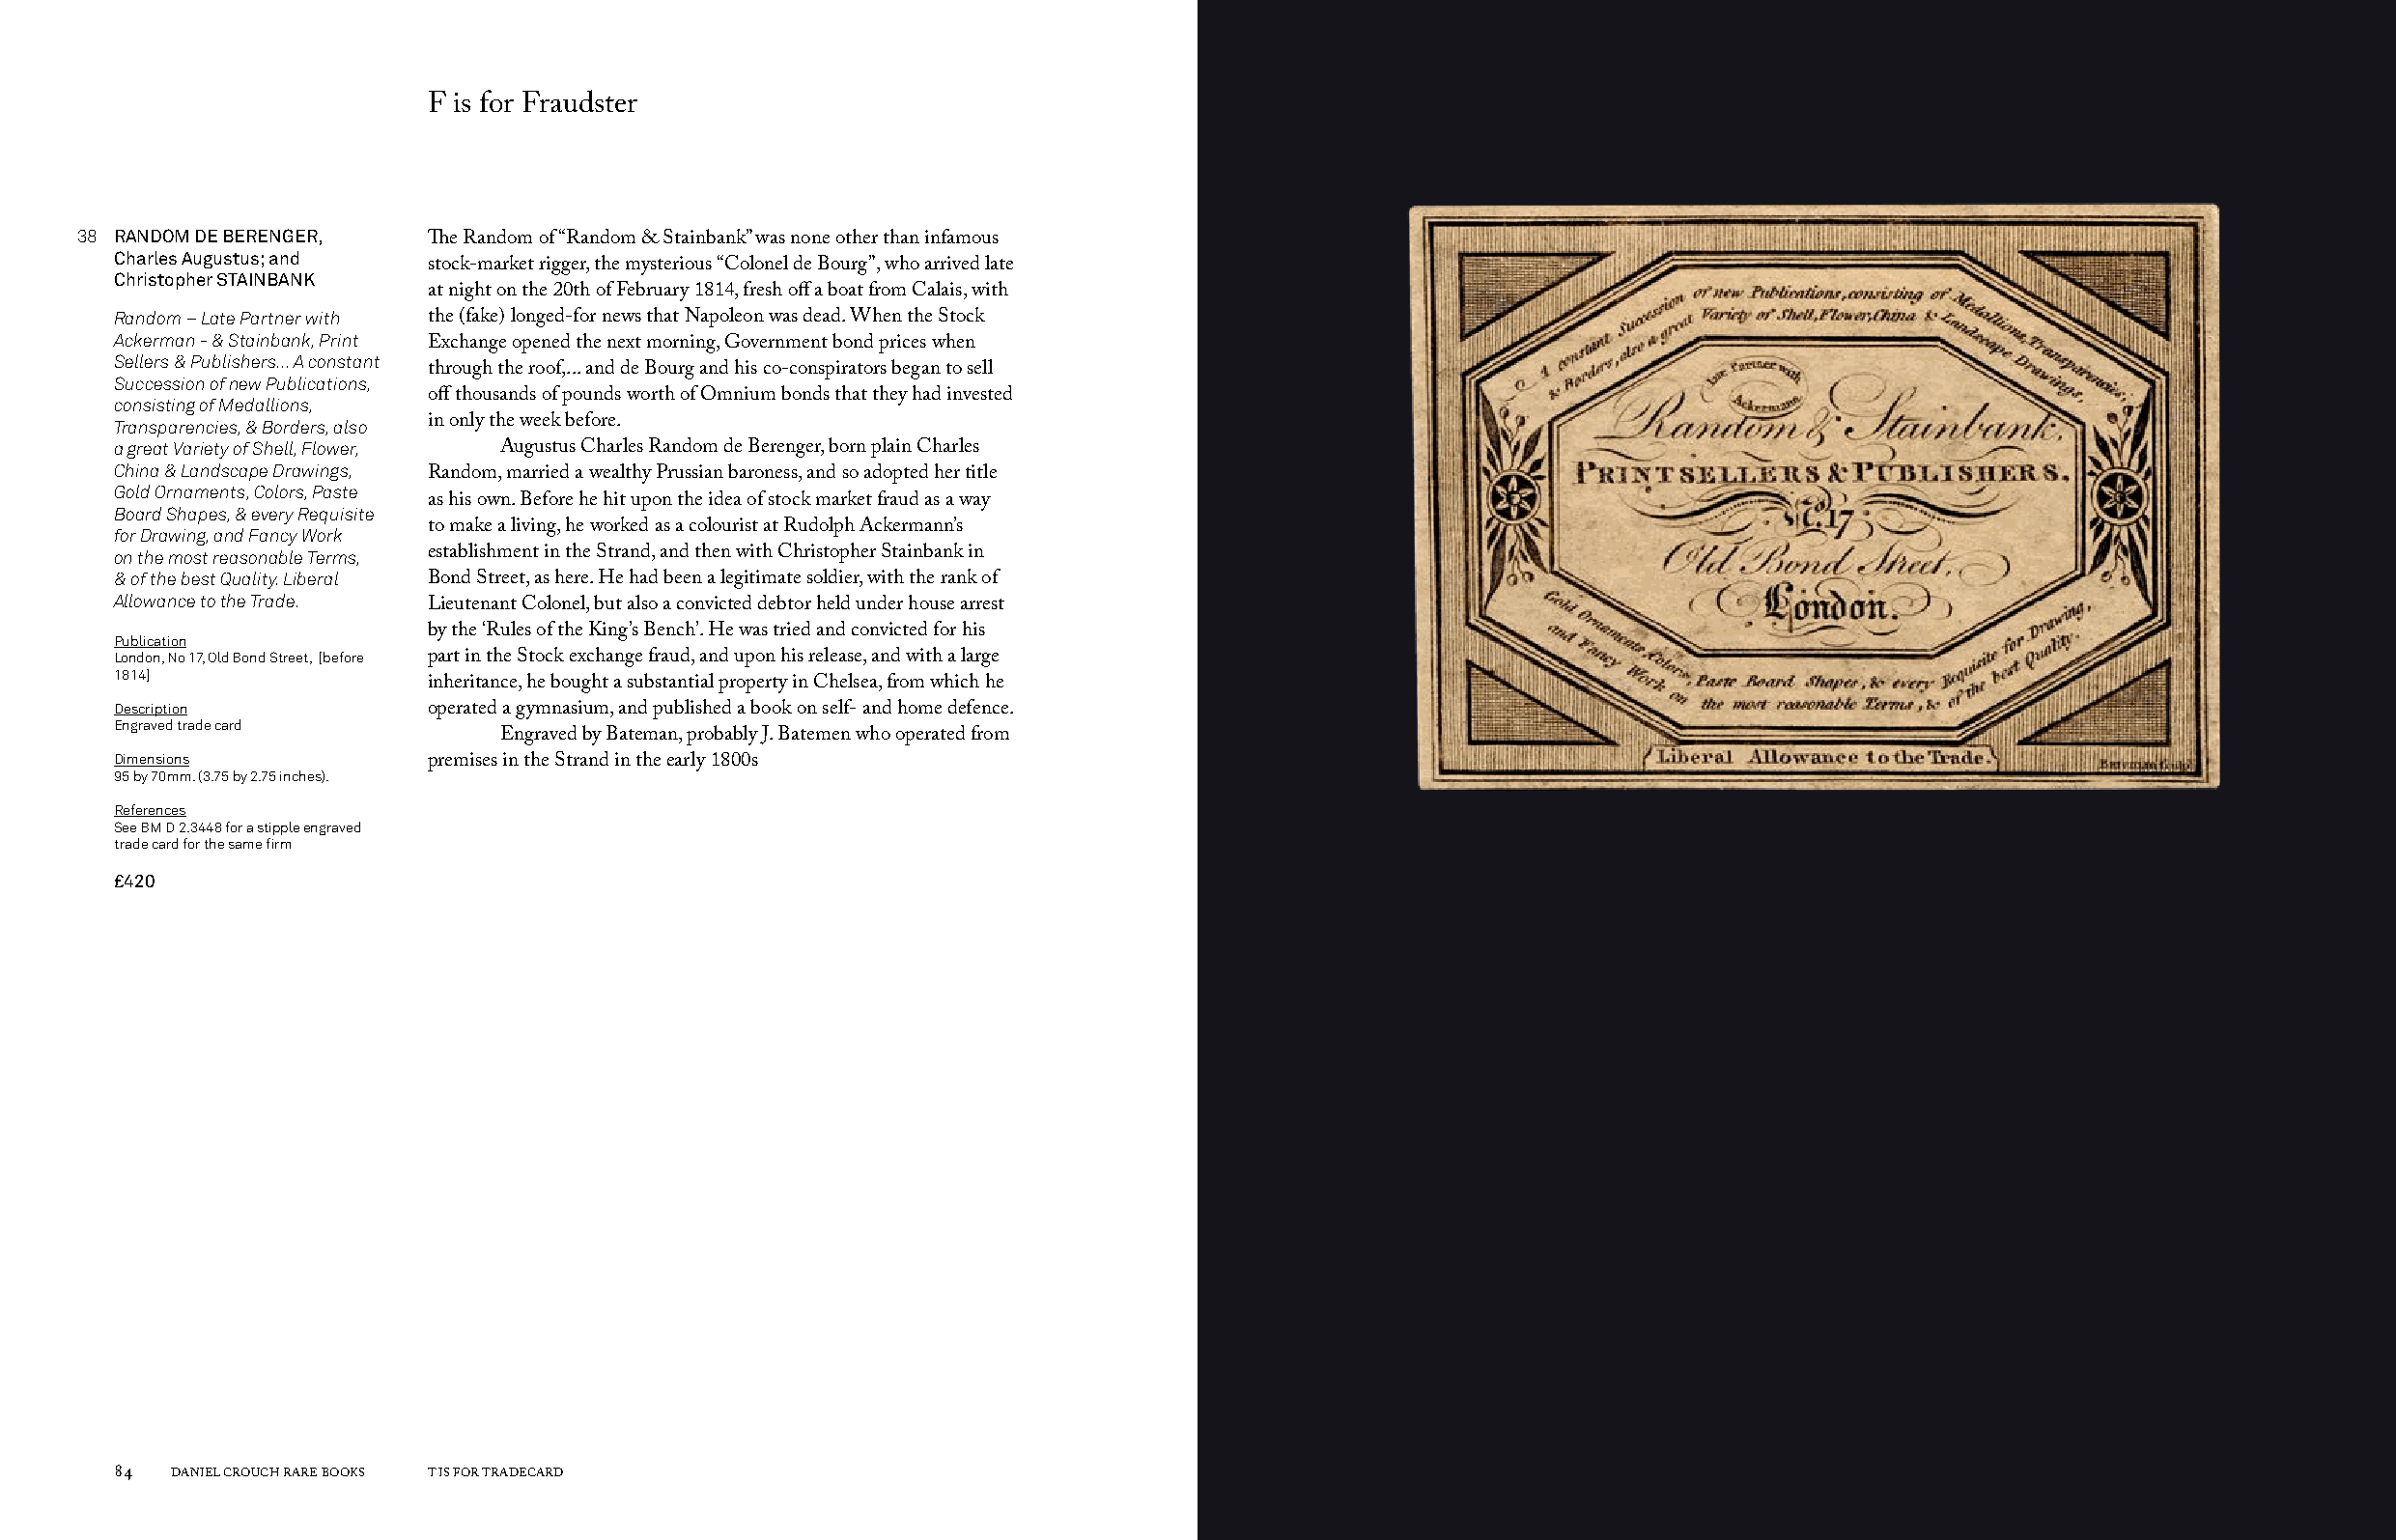
F is for Fraudster
 38 RANDOM DE BERENGER,
 The Random of “Random & Stainbank” was none other than infamous
 Charles Augustus; and
 stock-market rigger, the mysterious “Colonel de Bourg”, who arrived late
 Christopher STAINBANK
 at night on the 20th of February 1814, fresh off a boat from Calais, with
 Random – Late Partner with the (fake) longed-for news that Napoleon was dead. When the Stock
 Ackerman - & Stainbank, Print
 Exchange opened the next morning, Government bond prices when
 Sellers & Publishers... A constant
 through the roof,... and de Bourg and his co-conspirators began to sell
 Succession of new Publications,
 consisting of Medallions, off thousands of pounds worth of Omnium bonds that they had invested
 Transparencies, & Borders, also in only the week before.
 a great Variety of Shell, Flower, Augustus Charles Random de Berenger, born plain Charles
 China & Landscape Drawings,
 Random, married a wealthy Prussian baroness, and so adopted her title
 Gold Ornaments, Colors, Paste
 as his own. Before he hit upon the idea of stock market fraud as a way
 Board Shapes, & every Requisite
 for Drawing, and Fancy Work to make a living, he worked as a colourist at Rudolph Ackermann’s
 on the most reasonable Terms, establishment in the Strand, and then with Christopher Stainbank in
 & of the best Quality. Liberal Bond Street, as here. He had been a legitimate soldier, with the rank of
 Allowance to the Trade.
 Lieutenant Colonel, but also a convicted debtor held under house arrest
 Publication          by the ‘Rules of the King’s Bench’. He was tried and convicted for his
 London, No 17, Old Bond Street, [before part in the Stock exchange fraud, and upon his release, and with a large
 1814]
 inheritance, he bought a substantial property in Chelsea, from which he
 Description          operated a gymnasium, and published a book on self- and home defence.
 Engraved trade card
 Engraved by Bateman, probably J. Batemen who operated from
 Dimensions
 premises in the Strand in the early 1800s
 95 by 70mm. (3.75 by 2.75 inches).
 References
 See BM D 2.3448 for a stipple engraved
 trade card for the same firm
 £420
 84  DANIEL CROUCH RARE BOOKS T IS FOR TRADECARD                                                                       T IS FOR TRADECARD DANIEL CROUCH RARE BOOKS 85